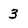
Character: 3